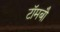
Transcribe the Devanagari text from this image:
टॉमबौ